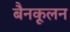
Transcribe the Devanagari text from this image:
बैनकूलन